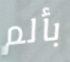
بألم